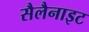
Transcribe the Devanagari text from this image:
सैलैनाइट